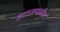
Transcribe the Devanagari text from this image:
तटाजवळील